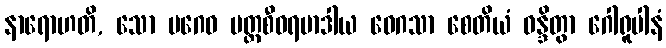
နာရောဟတိ, သော ပဂေဝ ပတ္တစီဝရမာဒါယ ဝေဂသာ စေတိယံ ဝန္ဒိတွာ ဂေါရူပါနံ